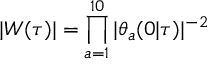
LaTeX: | W ( \tau ) | = \prod _ { a = 1 } ^ { 1 0 } | \theta _ { a } ( 0 | \tau ) | ^ { - 2 }